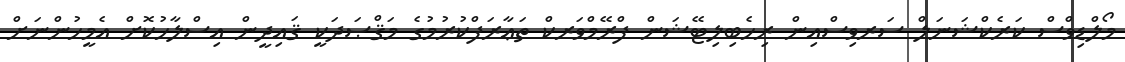
މޯލްޑިވްސް ކަރެކްޝަނަލް ސަރވިސްއިން ރިހެބިލިޓޭޝަން ފްރޭމްވަރކް ތަޢާރަފްކުރުމުގެ މަޤްޞަދަކީ ޤައިދީން އިސްލާހުކޮށް އެމީހުންނަށް